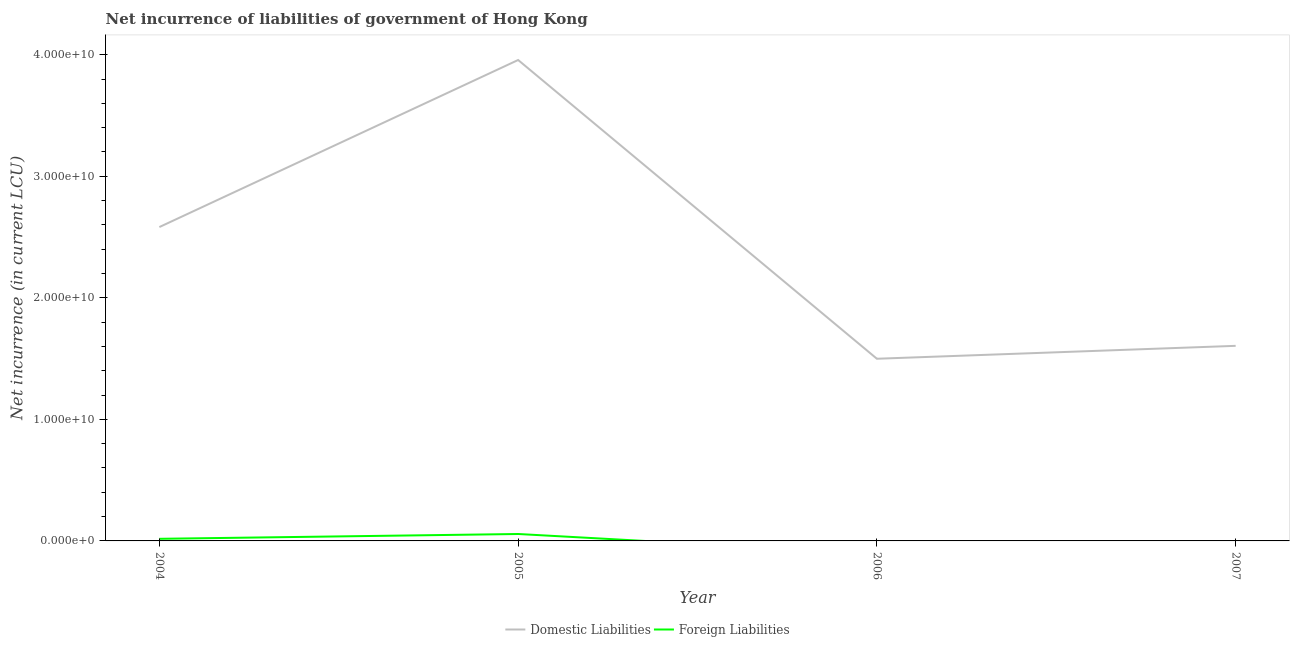
| Year | Domestic Liabilities | Foreign Liabilities |
 | --- | --- | --- |
 | 2004 | 2.58e+10 | 1.74e+08 |
 | 2005 | 3.96e+10 | 5.7e+08 |
 | 2006 | 1.5e+10 | -1.05e+09 |
 | 2007 | 1.61e+10 | -1.77e+09 |